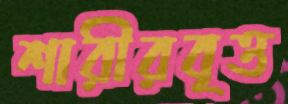
শারীরবৃত্ত